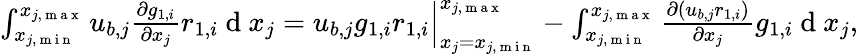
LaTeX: \begin{array}{r}{\int_{x_{j,\mathrm{~m~i~n~}}}^{x_{j,\mathrm{~m~a~x~}}}{u_{b,j}\frac{\partial g_{1,i}}{\partial x_{j}}r_{1,i}}\mathrm{~d~}x_{j}=u_{b,j}g_{1,i}r_{1,i}\Big|_{x_{j}=x_{j,\mathrm{~m~i~n~}}}^{x_{j,\mathrm{~m~a~x~}}}-\int_{x_{j,\mathrm{~m~i~n~}}}^{x_{j,\mathrm{~m~a~x~}}}{\frac{\partial(u_{b,j}r_{1,i})}{\partial x_{j}}g_{1,i}}\mathrm{~d~}x_{j},}\end{array}